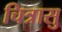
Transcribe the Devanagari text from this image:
चित्रासु